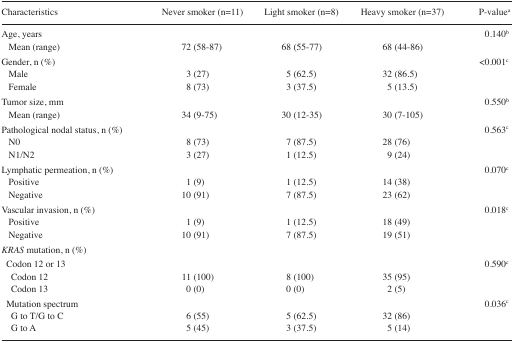
<table><thead><tr><td><b>Characteristics</b></td><td><b>Never smoker (n=11)</b></td><td><b>Light smoker (n=8)</b></td><td><b>Heavy smoker (n=37)</b></td><td><b>P-valuea</b></td></tr></thead><tbody><tr><td>Age, years</td><td></td><td></td><td></td><td>0.140b</td></tr><tr><td> Mean (range)</td><td>72 (58–87)</td><td>68 (55–77)</td><td>68 (44–86)</td><td></td></tr><tr><td>Gender, n (%)</td><td></td><td></td><td></td><td>&lt;0.001c</td></tr><tr><td> Male</td><td>3 (27)</td><td>5 (62.5)</td><td>32 (86.5)</td><td></td></tr><tr><td> Female</td><td>8 (73)</td><td>3 (37.5)</td><td>5 (13.5)</td><td></td></tr><tr><td>Tumor size, mm</td><td></td><td></td><td></td><td>0.550b</td></tr><tr><td> Mean (range)</td><td>34 (9–75)</td><td>30 (12–35)</td><td>30 (7–105)</td><td></td></tr><tr><td>Pathological nodal status, n (%)</td><td></td><td></td><td></td><td>0.563c</td></tr><tr><td> N0</td><td>8 (73)</td><td>7 (87.5)</td><td>28 (76)</td><td></td></tr><tr><td> N1/N2</td><td>3 (27)</td><td>1 (12.5)</td><td>9 (24)</td><td></td></tr><tr><td>Lymphatic permeation, n (%)</td><td></td><td></td><td></td><td>0.070c</td></tr><tr><td> Positive</td><td>1 (9)</td><td>1 (12.5)</td><td>14 (38)</td><td></td></tr><tr><td> Negative</td><td>10 (91)</td><td>7 (87.5)</td><td>23 (62)</td><td></td></tr><tr><td>Vascular invasion, n (%)</td><td></td><td></td><td></td><td>0.018c</td></tr><tr><td> Positive</td><td>1 (9)</td><td>1 (12.5)</td><td>18 (49)</td><td></td></tr><tr><td> Negative</td><td>10 (91)</td><td>7 (87.5)</td><td>19 (51)</td><td></td></tr><tr><td colspan="5"><i>KRAS</i> mutation, n (%)</td></tr><tr><td> Codon 12 or 13</td><td></td><td></td><td></td><td>0.590c</td></tr><tr><td>Codon 12</td><td>11 (100)</td><td>8 (100)</td><td>35 (95)</td><td></td></tr><tr><td>Codon 13</td><td>0 (0)</td><td>0 (0)</td><td>2 (5)</td><td></td></tr><tr><td> Mutation spectrum</td><td></td><td></td><td></td><td>0.036c</td></tr><tr><td>G to T/G to C</td><td>6 (55)</td><td>5 (62.5)</td><td>32 (86)</td><td></td></tr><tr><td>G to A</td><td>5 (45)</td><td>3 (37.5)</td><td>5 (14)</td><td></td></tr></tbody></table>